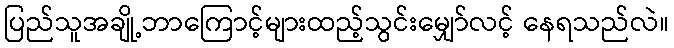
ပြည်သူအချို့ဘာကြောင့်များထည့်သွင်းမျှော်လင့် နေရသည်လဲ။